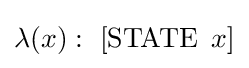
\lambda (x):\ [\operatorname {STATE} \ x]